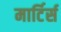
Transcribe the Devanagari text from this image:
मार्टिर्स